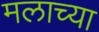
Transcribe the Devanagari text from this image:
मलाच्या